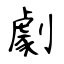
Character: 劇